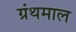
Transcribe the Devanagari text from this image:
ग्रंथमाल